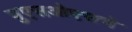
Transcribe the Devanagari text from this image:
युएसओएसचे